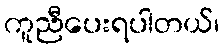
ကူညီပေးရပါတယ်၊